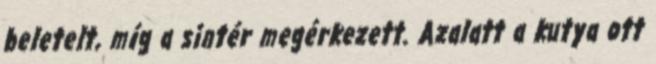
beletelt, míg a sintér megérkezett. Azalatt a kutya ott